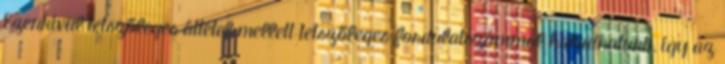
Ezenkívül tetszőleges áttétel mellett tetszőleges fordulatszámmal haladhatunk, így az